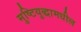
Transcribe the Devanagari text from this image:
मुष्टियुद्धामधील